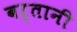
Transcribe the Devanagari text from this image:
बर्तानी